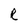
Character: R